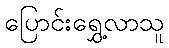
ပြောင်းရွှေ့လာသူ